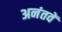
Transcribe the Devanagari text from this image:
अनंतवें